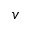
v